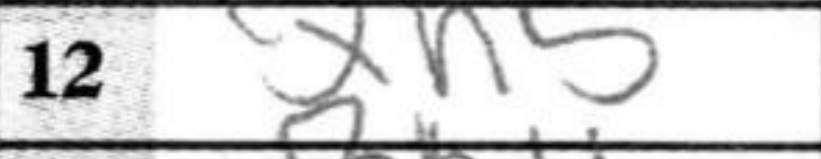
Transcription: Qh5